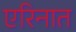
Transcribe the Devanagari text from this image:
एरिनात